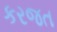
કરજત